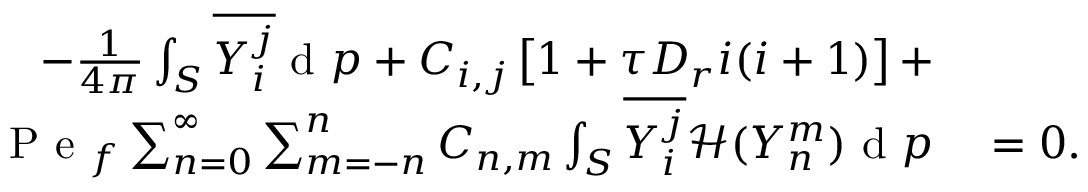
\begin{array} { r l } { - \frac { 1 } { 4 \pi } \int _ { S } \overline { { Y _ { i } ^ { j } } } \mathrm { ~ d ~ } \boldsymbol { p } + C _ { i , j } \left[ 1 + \tau D _ { r } i ( i + 1 ) \right] + } & { { } } \\ { \mathrm { ~ P ~ e ~ } _ { f } \sum _ { n = 0 } ^ { \infty } \sum _ { m = - n } ^ { n } C _ { n , m } \int _ { S } \overline { { Y _ { i } ^ { j } } } \mathcal { H } ( Y _ { n } ^ { m } ) \mathrm { ~ d ~ } \boldsymbol { p } } & { { } = 0 . } \end{array}